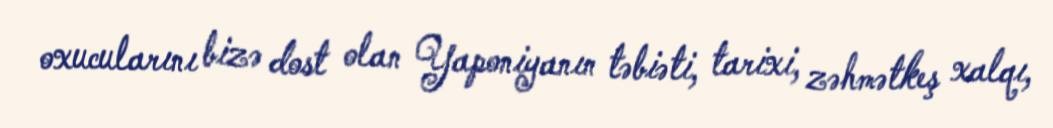
oxucularını bizə dost olan Yaponiyanın təbiəti, tarixi, zəhmətkeş xalqı,